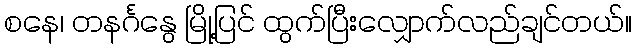
စနေ၊ တနင်္ဂနွေ မြို့ပြင် ထွက်ပြီးလျှောက်လည်ချင်တယ်။